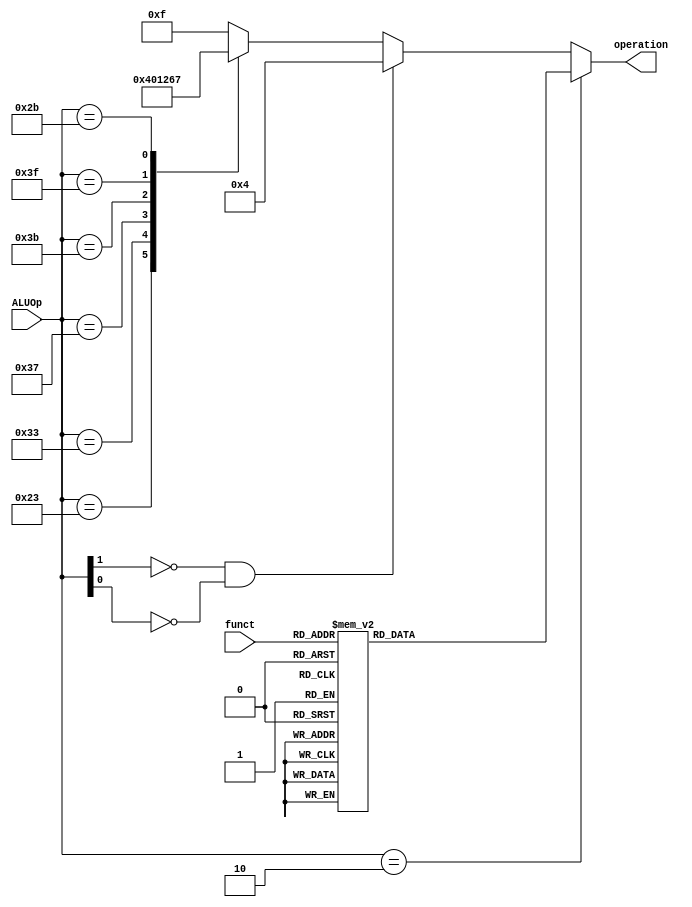
`timescale 1ns / 1ps

module ALU_Control(
    //INPUTS
    input wire [5:0] funct,
    input wire [5:0] ALUOp,
    //OUTPUTS
    output reg [3:0] operation
    );
    
    parameter [3:0] AND =   4'b0000;
    parameter [3:0] OR =    4'b0001;
    parameter [3:0] XOR =   4'b0010;
    parameter [3:0] NOR =   4'b0011;
    parameter [3:0] ADD =   4'b0100;
    parameter [3:0] SUB =   4'b0101;
    parameter [3:0] LUI =   4'b0110;
    parameter [3:0] SLT =   4'b0111;
    parameter [3:0] SLL =   4'b1000;
    parameter [3:0] SRL =   4'b1001;
    parameter [3:0] SRA =   4'b1010;
    parameter [3:0] SLLV =  4'b1011;
    parameter [3:0] SRLV =  4'b1100;
    parameter [3:0] SRAV =  4'b1101;
         
    wire load_or_store;

	// Si no es ni register ni inmediate ni branch (jump no funciona aca), es un Load o un Store
	assign load_or_store = ( ~ALUOp[1] && ~ALUOp[0] );
    always @(*) 
        begin
       
        if( ALUOp == 6'b000010 ) //Si es Type-R
            case(funct)
                6'b000000: operation <= SLL;  
                6'b000011: operation <= SRL;
                6'b000010: operation <= SRA;
                6'b000100: operation <= SLLV;
                6'b000110: operation <= SRLV;
                6'b000111: operation <= SRAV;
                6'b100001: operation <= ADD;
                6'b100011: operation <= SUB;
                6'b100100: operation <= AND;
                6'b100101: operation <= OR;
                6'b100110: operation <= XOR;
                6'b100111: operation <= NOR;
                6'b101010: operation <= SLT;
                default: operation <= 4'b1111; //VER
            endcase
        else if( load_or_store ) 
            begin
                operation <= ADD;
            end
        else
            case(ALUOp) 
                6'b100011: operation <= ADD;
                6'b110011: operation <= AND;
                6'b110111: operation <= OR;
                6'b111011: operation <= XOR;
                6'b111111: operation <= LUI;
                6'b101011: operation <= SLT;
                default: operation <= 4'b1111; //VER
            endcase
        end
endmodule